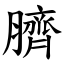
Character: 臍